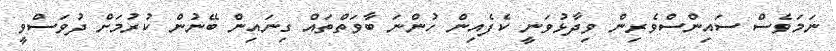
ނަމަވެސް ސައިންސްވެރިން ވިދާޅުވަނީ ކެފެއިން ހުންނަ ބާވަތްތައް ގިނައިން ބޭނުން ކުރުމަށް ދުވަސްވީ